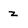
Character: z